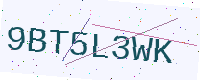
Text: 9BT5L3WK